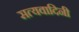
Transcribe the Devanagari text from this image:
सत्यवादिनी